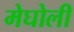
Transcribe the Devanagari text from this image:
मेघोली